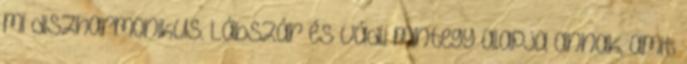
mi diszharmonikus. Lábszár és vádli mintegy alapja annak, amit